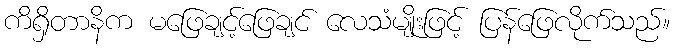
ကိရှိတာနိက မဖြေချင့်ဖြေချင် လေသံမျိုးဖြင့် ပြန်ဖြေလိုက်သည်။